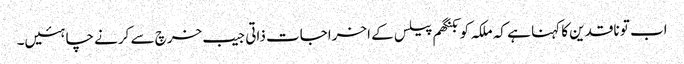
اب تو ناقدین کا کہنا ہے کہ ملکہ کو بکنگھم پیلس کے اخراجات ذاتی جیب خرچ سے کرنے چاہئیں۔